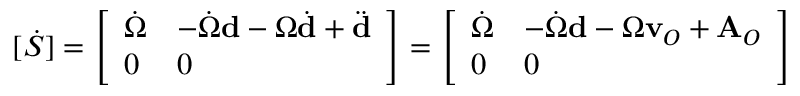
[ { \dot { S } } ] = { \left[ \begin{array} { l l } { { \dot { \Omega } } } & { - { \dot { \Omega } } \mathbf { d } - \Omega { \dot { \mathbf { d } } } + { \ddot { \mathbf { d } } } } \\ { 0 } & { 0 } \end{array} \right] } = { \left[ \begin{array} { l l } { { \dot { \Omega } } } & { - { \dot { \Omega } } \mathbf { d } - \Omega \mathbf { v } _ { O } + \mathbf { A } _ { O } } \\ { 0 } & { 0 } \end{array} \right] }